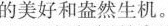
的美好和盎然生机。